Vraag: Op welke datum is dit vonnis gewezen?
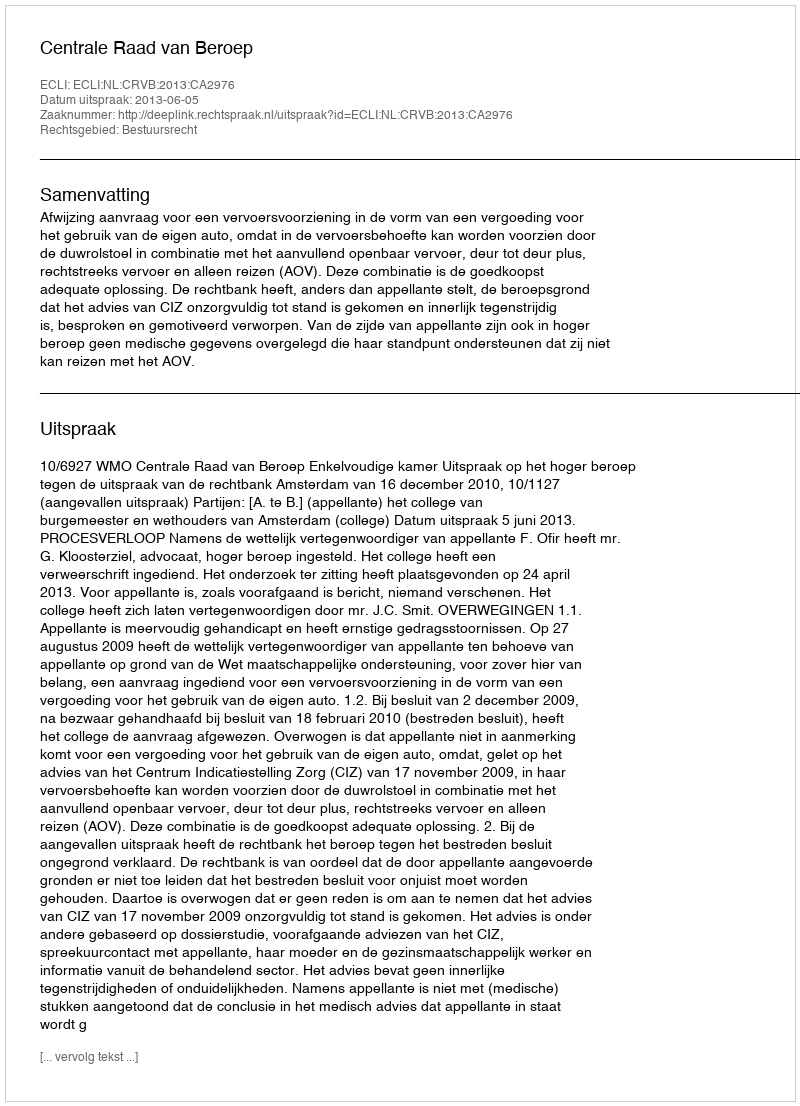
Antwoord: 2013-06-05